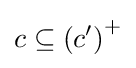
c\subseteq \left(c'\right)^{+}